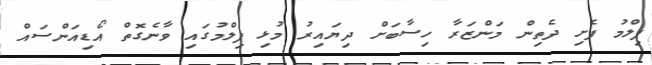
ފިލްމު ފެށި ދެތިން މަންޒަރާ ހިސާބަށް ދިޔައިރު މުޅި ފިލްމުގައި ވާނެގޮތް އޯޑިއަންސައް